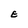
Character: E